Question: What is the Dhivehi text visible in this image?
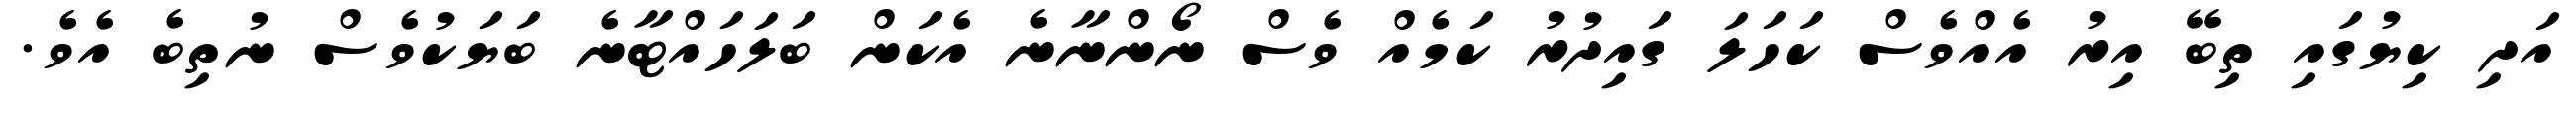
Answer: އަދި ކިޔުގައި ތިބޭ އިރު އެއްވެސް ކަހަލަ ގައިދުރު ކަމެއް ވެސް ނޯންނާނެ އެކަން ބަލަހައްޓާނެ ބަޔަކުވެސް ނުތިބެ އެވެ.